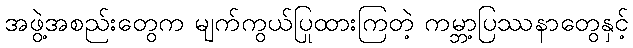
အဖွဲ့အစည်းတွေက မျက်ကွယ်ပြုထားကြတဲ့ ကမ္ဘာ့ပြဿနာတွေနှင့်